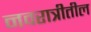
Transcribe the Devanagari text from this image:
नवरात्रीतील